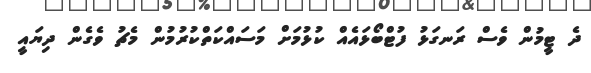
ދެ ޓީމުން ވެސް ރަނގަޅު ފުޓްބޯޅައެއް ކުޅުމަށް މަސައްކަތްކުރުމުން މެޗު ވެގެން ދިޔައީ